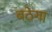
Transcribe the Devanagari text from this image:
बठेगा